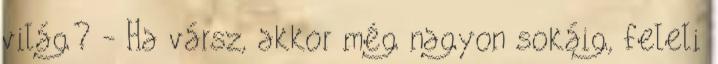
világ? - Ha vársz, akkor még nagyon sokáig, feleli